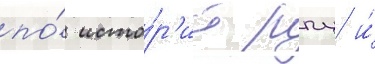
по́ исто́р'ии рпц и́